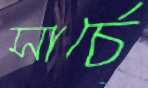
সার্চে